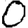
Digit: 0